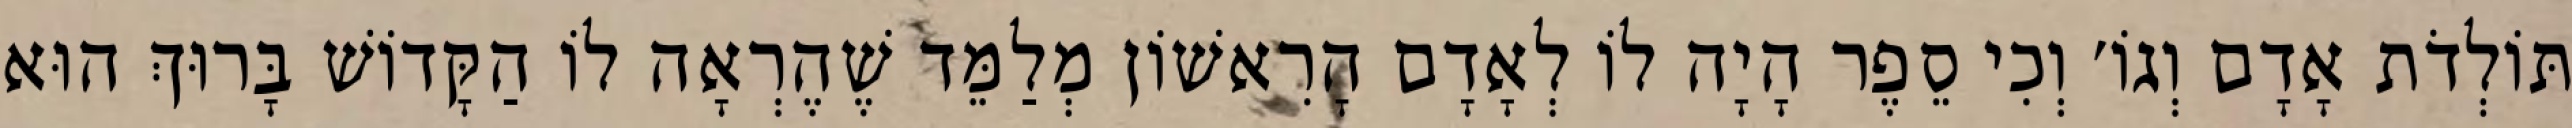
תּוֹלְדֹת אָדָם וְגוֹ׳ וְכִי סֵפֶר הָיָה לוֹ לְאָדָם הָרִאשׁוֹן מְלַמֵּד שֶׁהֶרְאָה לוֹ הַקָּדוֹשׁ בָּרוּךְ הוּא